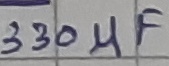
Text: 330µF